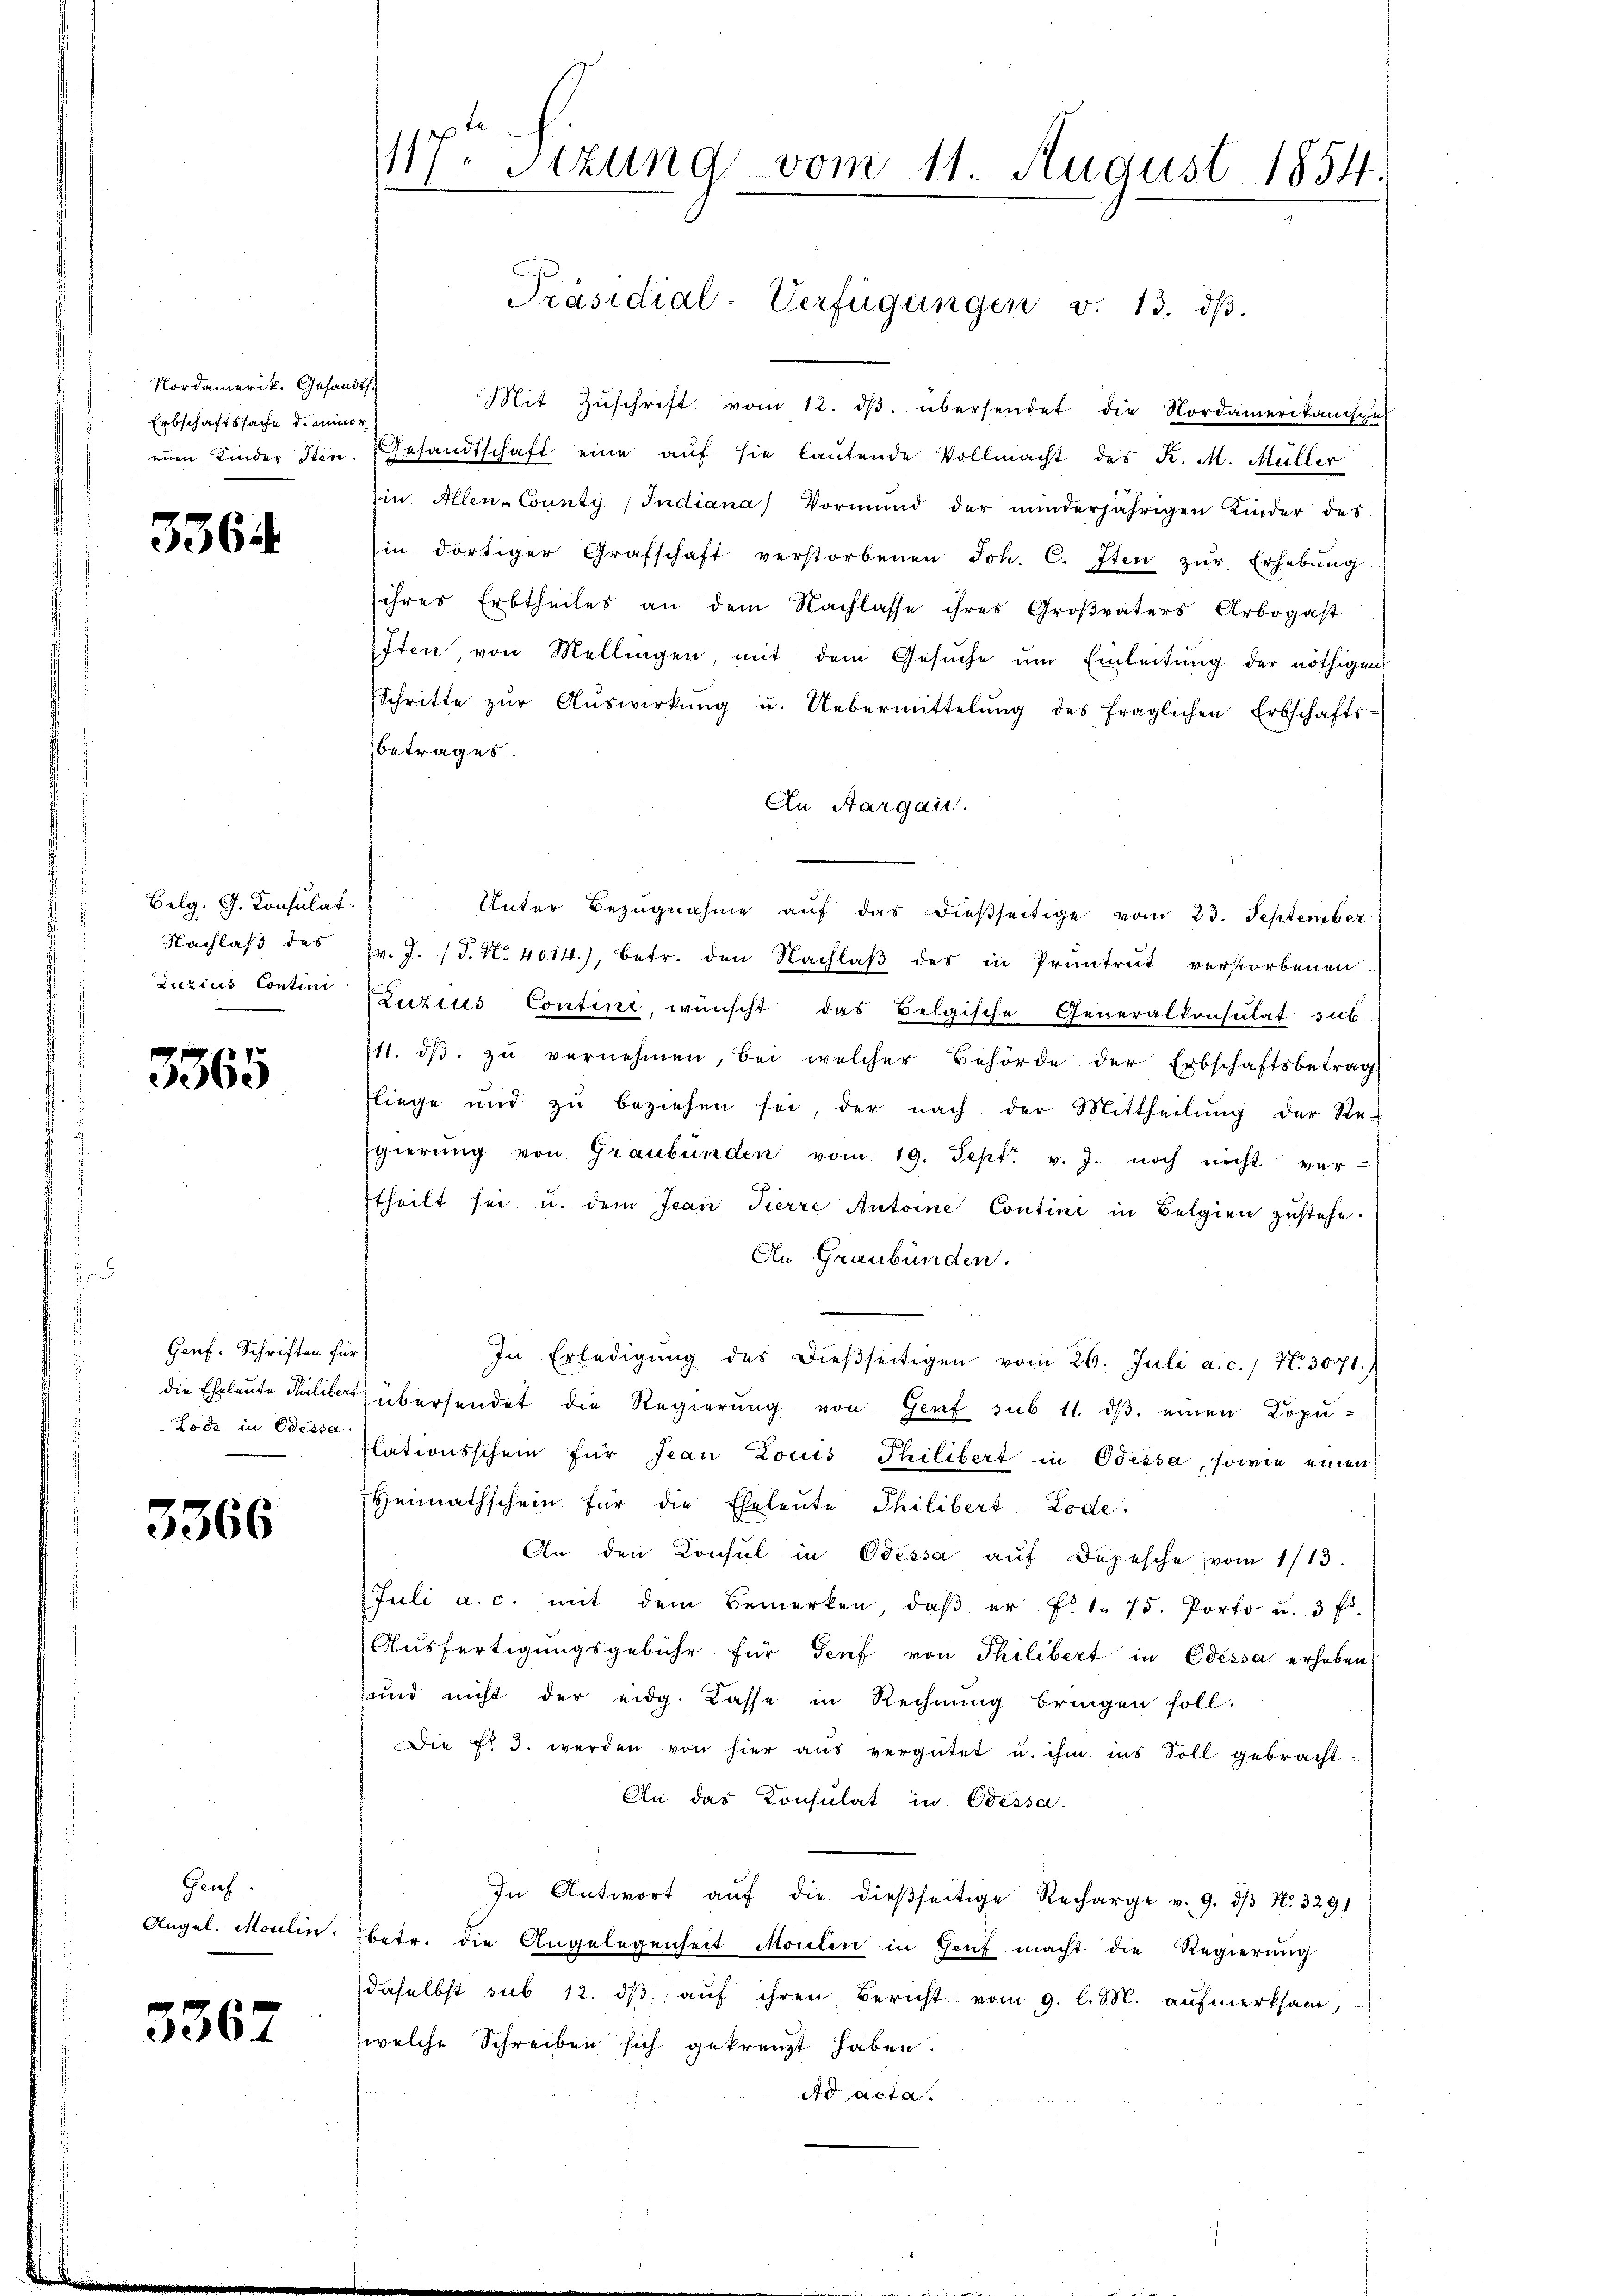
Nordamerik. Gesandts.
Erbschaftssache de minor
eine Kinder Iten.

3364

Belg. G. Consulat
Nachlaß des
Luzius Contini

3565

Gauf. Schriften für
Lode in Bessa.

5366

Gauf.
Angel. Moulin.

3367

117. Sitzung vom 11. August 1854.

Mit Zŭschrift vom 12. dβ übersendet die Nordamerikanische
Gesandtschaft eine auf sie lautende Vollmacht des K. M. Müller
s
Ein Allen-County, Indiana, Vormund der minderjährigen Kinder des
in dortiger Grafschaft verstorbenen Joh. C. Iten zŭr Erhebŭng
ihrer Erbtheiles an dem Nachlasse ihres Großvaters Arbogast
Iten, von Mellingen, mit dem Gesŭche ŭm Einleitŭng der nöthigen
Schritte zŭr Aŭswirkŭng u. Uebermittelŭng des fraglichen Erbschafts-
betrages.
An Aargau.
Unter Bezŭgnahme aŭf das dießseitige vom 23. September
v. J. P. Nr. 4014), betr. den Nachlaβ des in Pruntrut verstorbenen
Luzius Contini, wünscht das Belgische Generalkonsulat sub
/11. dβ zŭ vernehmen, bei welcher Behörde der Erbschaftsbetrag
fliege und zŭ beziehen sei, der nach der Mittheilŭng der Re-
Egierŭng von Graubünden vom 19. Sept. v. J. noch nicht ver-
.
theilt sei u. dem Jean Pierre Antoine Contine in Belgien zustehe.
An Graubünden.
e
In Erledigŭng des dieβseitigen vom 26. Juli a. c. No. 5071.)
die Eheleute Kulibet übersendet die Regierung von Genf sub 11. dβ einen Kopulationsschein für Jean Louis Philibert in Odessa, sowie einen
Heimathschein für die Eheleute Philibert-Lode.
An den Konsul in Odessa aŭf Depesche vom 1/13.
Juli a. c. mit dem Bemerken, daβ er f. 1. 75. Porto u. 3 fl.
Aŭsfertigŭngsgebühr für Genf von Philibert in Odessa erheben,
sund nicht der eidg. Casse in Rechnung bringen soll.
Die Fr. 3. werden von hier aŭs vergütet u. ihm ins Soll gebracht:
An das Consulat in Odessa.
In Antwort aŭf die dießseitige Recharge v. 9. dβ No. 3291
betr. die Angelegenheit Moulin in Genf macht die Regierung
daselbst sub 12. dβ aŭf ihren Bericht vom 9. l. M. aufmerksam,
welche Schreiben sich gekreuzt haben.
Ad acta.

Präsidial-Verfügungen v. 13. dβ.